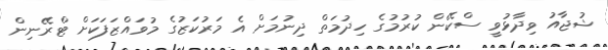
ޝުޖާއު ވިދާޅުވީ ސްކޭން ކުރުމުގެ ހިދުމަތް ދިނުމަށް އެ މަރުކަޒުގެ މުވައްޒަފަކަށް ޓްރޭނިން